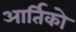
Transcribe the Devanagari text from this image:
आर्तिको